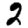
Digit: 2